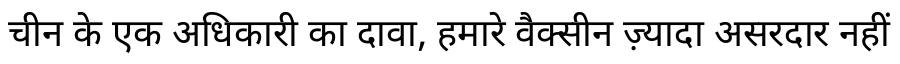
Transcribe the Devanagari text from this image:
चीन के एक अधिकारी का दावा, हमारे वैक्सीन ज़्यादा असरदार नहीं